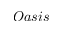
O a s i s